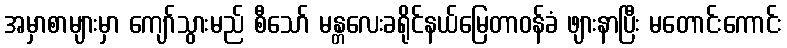
အမှာစာများမှာ ကျော်သွားမည် စီသော် မန္တလေးခရိုင်နယ်မြေတာဝန်ခံ ဖျားနာပြီး မတောင်းကောင်း